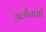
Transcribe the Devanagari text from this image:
अलीनामी